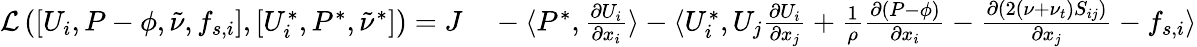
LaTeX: \begin{array}{rl}{\mathcal{L}\left(\left[U_{i},P-\phi,\tilde{\nu},f_{s,i}\right],\left[U_{i}^{*},P^{*},\tilde{\nu}^{*}\right]\right)=J}&{{}-\langle P^{*},\frac{\partial U_{i}}{\partial x_{i}}\rangle-\langle U_{i}^{*},U_{j}\frac{\partial U_{i}}{\partial x_{j}}+\frac{1}{\rho}\frac{\partial\left(P-\phi\right)}{\partial x_{i}}-\frac{\partial(2\left(\nu+\nu_{t}\right)S_{ij})}{\partial x_{j}}-f_{s,i}\rangle}\end{array}